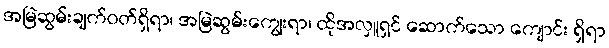
အမြဲဆွမ်းချက်ဝတ်ရှိရာ၊ အမြဲဆွမ်းကျွေးရာ၊ ထိုအလှူရှင် ဆောက်သော ကျောင်း ရှိရာ